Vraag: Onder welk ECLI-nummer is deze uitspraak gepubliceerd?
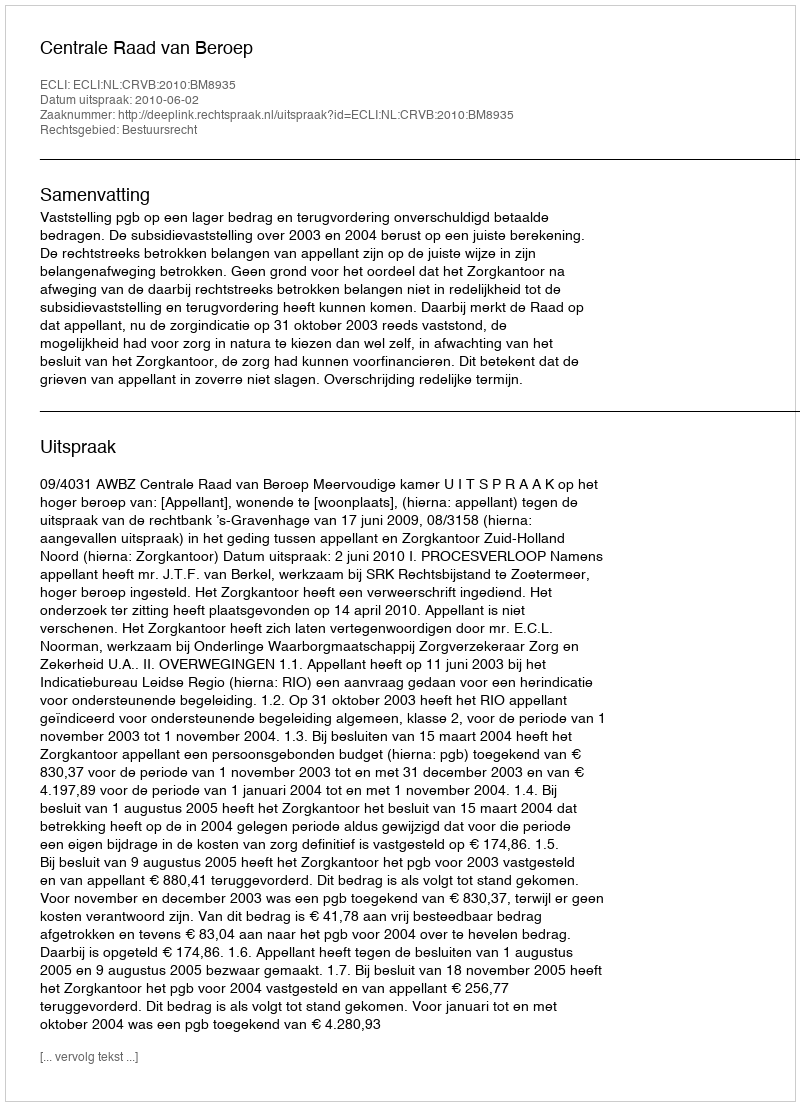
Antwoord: ECLI:NL:CRVB:2010:BM8935